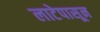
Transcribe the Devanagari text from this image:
लाटेपासून